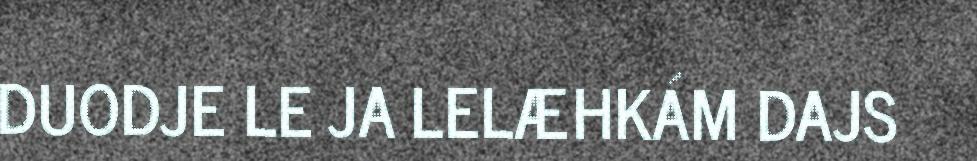
DUODJE LE JA LELÆHKÁM DAJS